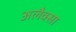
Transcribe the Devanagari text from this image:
अलैक्सा